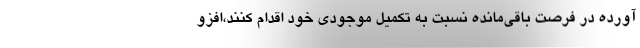
آورده در فرصت باقی‌مانده نسبت به تکمیل موجودی خود اقدام کنند،افزو